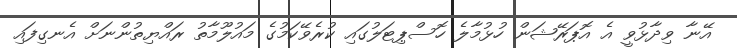
އޭނާ ވިދާޅުވީ އެ އޮޕަރޭޝަން ހުޅުމާލެ ހޮސްޕިޓަލުގައި ކުރެވޭކަމުގެ މައުލޫމާތު ރައްޔިތުންނަށް އެނގިފައި